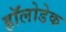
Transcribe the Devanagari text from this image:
हॉलोडेक